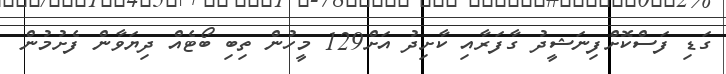
ގަޑި ފަސްކޮށްފިނަޝީދު ގާފަރާއި ކާށިދު އަށް129 މީހުން ތިބި ބޯޓެއް ދިޔަވާން ފެށުމުން